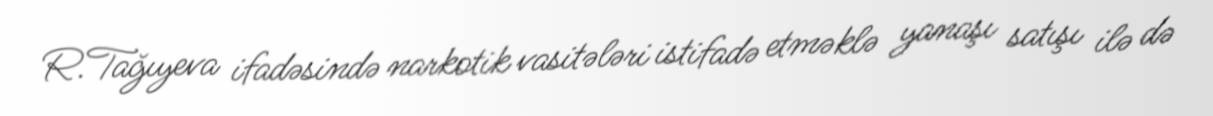
R.Tağıyeva ifadəsində narkotik vasitələri istifadə etməklə yanaşı satışı ilə də